Account of plague administration in the Bombay Presidency from September 1896 till May 1897
Year: 1896
Disease focus: Plague
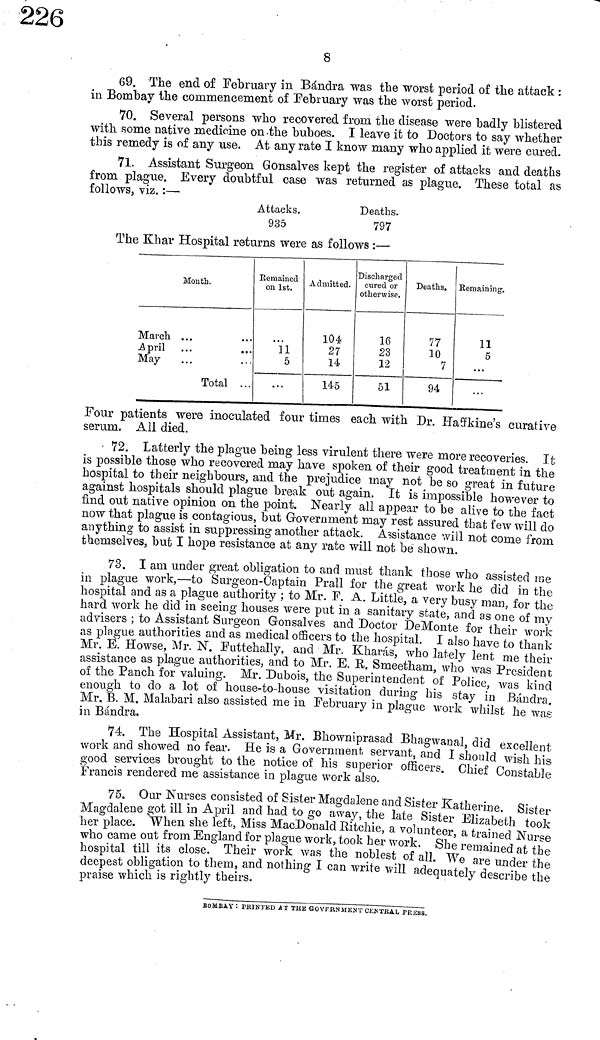
8
69. The end of February in Bándra was the worst period of the attack :
in Bombay the commencement of February was the worst period.
70. Several persons who recovered from the disease were badly blistered
with some native medicine on the buboes. I leave it to Doctors to say whether
this remedy is of any use. At any rate I know many who applied it were cured.
71. Assistant Surgeon Gonsalves kept the register of attacks and deaths
from plague. Every doubtful case was returned as plague. These total as
follows, viz. :—·
Attacks.
935
Deaths.
797
The Khar Hospital returns were as follows : —
Month.
March ...
April ...
...
May
Total ...
Remained
on 1st.
11
5
...
Admitted.
104
27
14
145
Discharged
cured or
otherwise.
16
23
12
51
Deaths.
77
10
7
94
Remaining.
11
5
...
Four patients were inoculated four times each with Dr. Haffkine's curative
serum. All died.
72. Latterly the plague being less virulent there were more recoveries. It
is possible those who recovered may have spoken of their good treatment in the
hospital to their neighbours, and the prejudice may not be so great in future
against hospitals should plague break out again. It is impossible however to
find out native opinion on the point. Nearly all appear to be alive to the fact
now that plague is contagious, but Government may rest assured that few will do
anything to assist in suppressing another attack. Assistance will not come from
themselves, but I hope resistance at any rate will not be shown.
73. I am under great obligation to and must thank those who assisted me
in plague work,—to Surgeon-Captain Prall for the great work he did in the
hospital and as a plague authority ; to Mr. F. A. Little, a very busy man, for the
hard work he did in seeing houses were put in a sanitary state, and as one of my
advisers ; to Assistant Surgeon Gonsalves and Doctor DeMonte for their work
as plague authorities and as medical officers to the hospital. I also have to thank
Mr. E. Howse, Mr. N. Futtehally, and Mr. Kharás, who lately lent me their
assistance as plague authorities, and to Mr. E. R. Smeetham, who was President
of the Panch for valuing. Mr. Dubois, the Superintendent of Police, was kind
enough to do a lot of house-to-house visitation during his stay in Bándra
Mr. B. M. Malabari also assisted me in February in plague work whilst he was
in Bándra.
74. The Hospital Assistant, Mr. Bhowniprasad Bhagwanal, did excellent
work and showed no fear. He is a Government servant, and I should wish his
good services brought to the notice of his superior officers. Chief Constable
"Francis rendered me assistance in plague work also.
75. Our Nurses consisted of Sister Magdalene and Sister Katherine. Sister
Magdalene got ill in April and had to go away, the late Sister Elizabeth took
her place. When she left, Miss MacDonald Ritchie, a volunteer, a trained Nurse
who came out from England for plague work, took her work. She remained at the
hospital till its close. Their work was the noblest of all. We are under the
deepest obligation to them, and nothing I can write will adequately describe the
praise which is rightly theirs.
BOMBAY : PRINTED AT THE GOVERNMENT CENTRAL· PRESS.